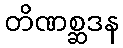
တိဏစ္ဆဒန